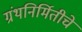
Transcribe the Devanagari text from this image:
ग्रंथनिर्मितीचे